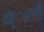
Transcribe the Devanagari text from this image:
ख़्ाली